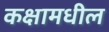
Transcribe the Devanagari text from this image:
कक्षामधील